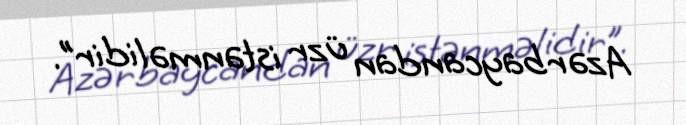
Azərbaycandan üzr istənməlidir”.